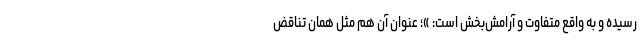
رسیده و به واقع متفاوت و آرامش‌بخش است: »؛ عنوان آن هم مثل همان تناقض